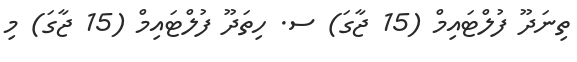
ތިނަދޫ ފުލްޓައިމް (15 ޖާގަ) ސ. ހިތަދޫ ފުލްޓައިމް (15 ޖާގަ) މި